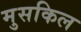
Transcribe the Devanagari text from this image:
मुसकिल